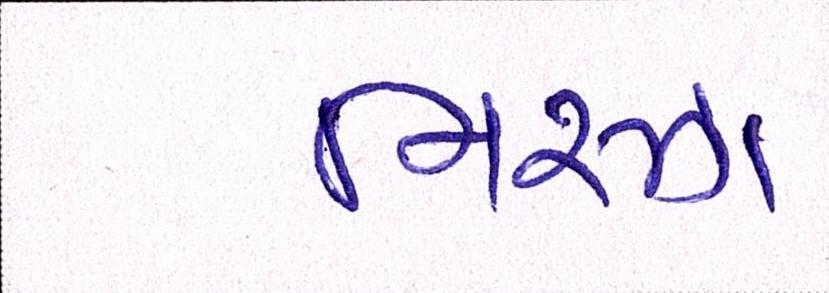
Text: મિરઝા